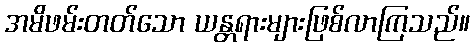
အမိဖမ်းတတ်သော ယန္တရားများဖြစ်လာကြသည်။